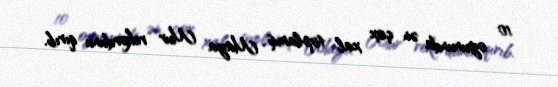
10 oyununda ən çox xal toplamış Maya Mur rekordunu qırıb.